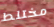
مختلط